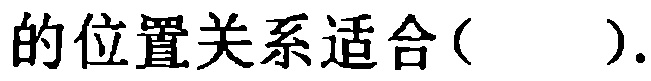
的位置关系适合( ).